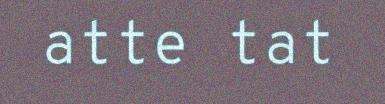
atte tat